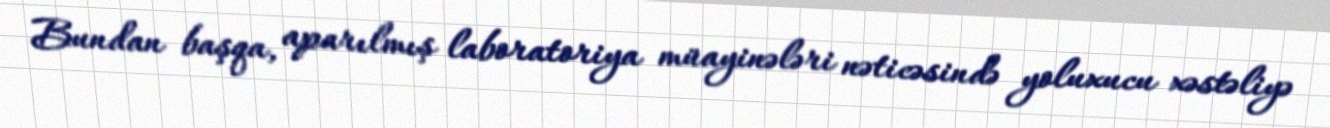
Bundan başqa, aparılmış laboratoriya müayinələri nəticəsində yoluxucu xəstəliyə